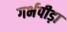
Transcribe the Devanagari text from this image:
गर्भपीड़ा